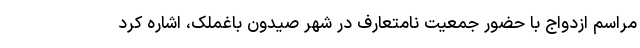
مراسم ازدواج با حضور جمعیت نامتعارف در شهر صیدون باغملک، اشاره کرد